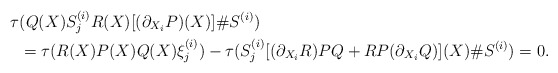
\begin{align*} \tau&(Q(X)S^{(i)}_jR(X)[(\partial_{X_i}P)(X)]\#S^{(i)})\\&=\tau(R(X)P(X)Q(X) \xi^{(i)}_j)-\tau(S^{(i)}_j[(\partial_{X_i}R)PQ+RP(\partial_{X_i}Q)](X)\#S^{(i)})=0. \end{align*}